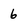
Character: 6